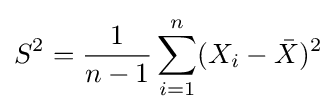
S^{2}={\frac {1}{n-1}}\sum _{i=1}^{n}(X_{i}-{\bar {X}})^{2}